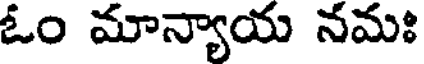
ఓం మాన్యాయ నమః